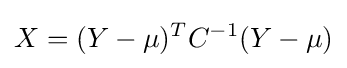
X=(Y-\mu )^{T}C^{-1}(Y-\mu )